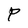
Character: P